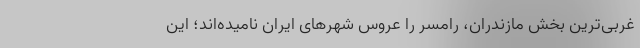
غربی‌ترین بخش مازندران، رامسر را عروس شهرهای ایران نامیده‌اند؛ این